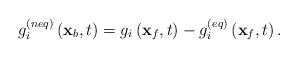
LaTeX: \begin{align*}g_i^{\left( {neq} \right)}\left( {{{\bf{x}}_b},t} \right) = {g_i}\left( {{{\bf{x}}_f},t} \right) - g_i^{\left( {eq} \right)}\left( {{{\bf{x}}_f},t} \right).\end{align*}